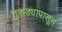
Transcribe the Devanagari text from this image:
तुकड्यापासून